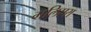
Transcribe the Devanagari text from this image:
गलिएरा